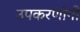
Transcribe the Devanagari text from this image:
उपकरणांनी